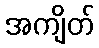
အကျိတ်